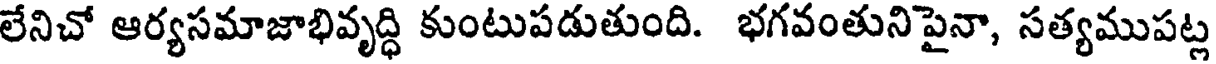
లేనిచో ఆర్యసమాజాభివృద్ధి కుంటుపడుతుంది. భగవంతుని పైనా, సత్యముపట్ల